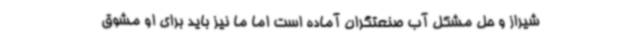
شیراز و حل مشکل آب صنعتگران آماده است اما ما نیز باید برای او مشوق